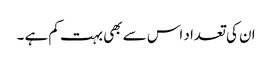
ان کی تعداد اس سے بھی بہت کم ہے ۔